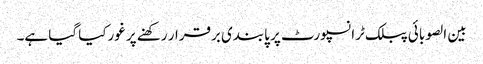
بین الصوبائی پبلک ٹرانسپورٹ پر پابندی برقرار رکھنے پر غورکیا گیا ہے۔